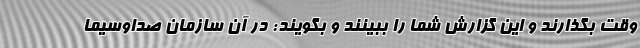
وقت بگذارند و این گزارش شما را ببینند و بگویند: در آن سازمان صداوسیما